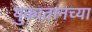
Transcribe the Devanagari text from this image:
युकातानच्या